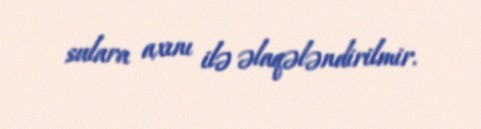
sulara axını ilə əlaqələndirilmir.